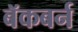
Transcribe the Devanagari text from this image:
बॅकबर्न